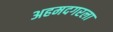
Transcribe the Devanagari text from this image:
अहमदगरला